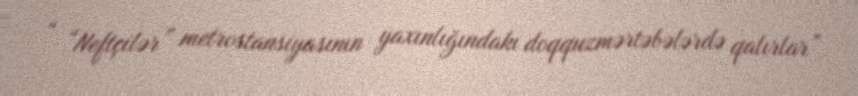
“ “Neftçilər” metrostansiyasının yaxınlığındakı doqquzmərtəbələrdə qalırlar”